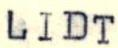
LIDT